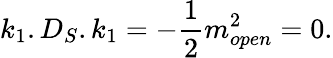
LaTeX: k_{1}.D_{S}.k_{1}=-{\frac{1}{2}}m_{open}^{2}=0.